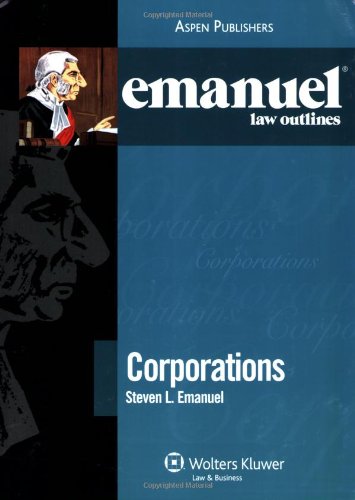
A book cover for Corporations Outline 2008 (Emanuel Law Outlines); Steven L. Emanuel; Business & Money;